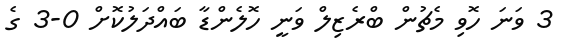
3 ވަނަ ހޮވި މެޗުން ބްރެޒިލް ވަނީ ހޮލެންޑާ ބައްދަލުކޮށް 0-3 ގެ